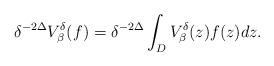
LaTeX: \begin{align*} \delta^{-2\Delta}V_{\beta}^{\delta} ( f ) =\delta^{-2\Delta} \int_D V_{\beta}^{\delta}(z) {f (z)} dz.\end{align*}